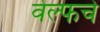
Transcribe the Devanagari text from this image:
वेल्फचे